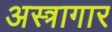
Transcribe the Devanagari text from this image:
अस्त्रागार